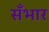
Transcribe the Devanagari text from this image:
सँभार